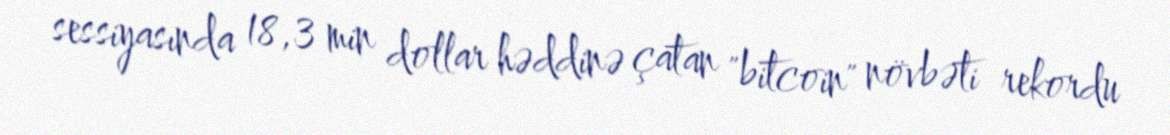
sessiyasında 18,3 min dollar həddinə çatan "bitcoin" növbəti rekordu